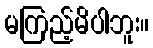
မကြည့်မိပါဘူး။